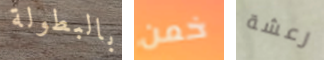
بالبطولة خمن رعشة